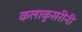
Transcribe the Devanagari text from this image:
कलाकुसरीनी